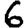
Digit: 6